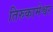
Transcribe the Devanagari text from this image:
तिरुकामेश्वर